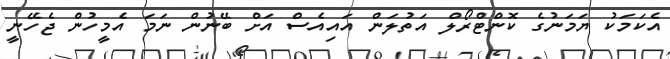
އެކަމަކު ޔަމަނުގެ ކޮންޓްރޯލް އަތުލަން އައިއެސް އަށް ބޭނުން ނަމަ އެމީހުން ޖެހޭނީ